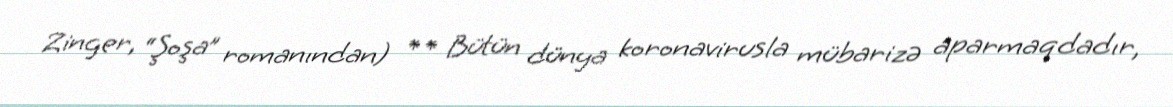
Zinger, “Şoşa” romanından) ** Bütün dünya koronavirusla mübarizə aparmaqdadır,